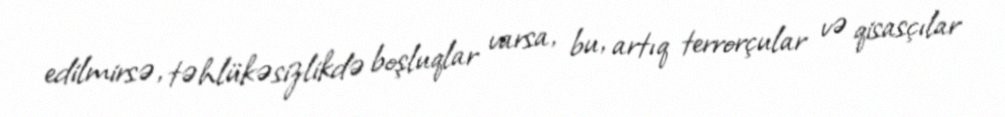
edilmirsə, təhlükəsizlikdə boşluqlar varsa, bu, artıq terrorçular və qisasçılar